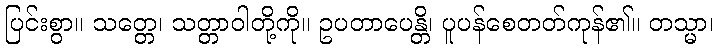
ပြင်းစွာ။ သတ္တေ၊ သတ္တာဝါတို့ကို။ ဥပတာပေန္တိ၊ ပူပန်စေတတ်ကုန်၏။ တသ္မာ၊